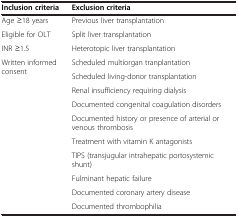
<table><thead><tr><td><b>Inclusion criteria</b></td><td><b>Exclusion criteria</b></td></tr></thead><tbody><tr><td>Age ≥18 years</td><td>Previous liver transplantation</td></tr><tr><td>Eligible for OLT</td><td>Split liver transplantation</td></tr><tr><td>INR ≥1.5</td><td>Heterotopic liver transplantation</td></tr><tr><td rowspan="9">Written informed consent</td><td>Scheduled multiorgan tranplantation</td></tr><tr><td>Scheduled living-donor transplantation</td></tr><tr><td>Renal insufficiency requiring dialysis</td></tr><tr><td>Documented congenital coagulation disorders</td></tr><tr><td>Documented history or presence of arterial or venous thrombosis</td></tr><tr><td>Treatment with vitamin K antagonists</td></tr><tr><td>TIPS (transjugular intrahepatic portosystemic shunt)</td></tr><tr><td>Fulminant hepatic failure</td></tr><tr><td>Documented coronary artery disease</td></tr><tr><td> </td><td>Documented thrombophilia</td></tr></tbody></table>